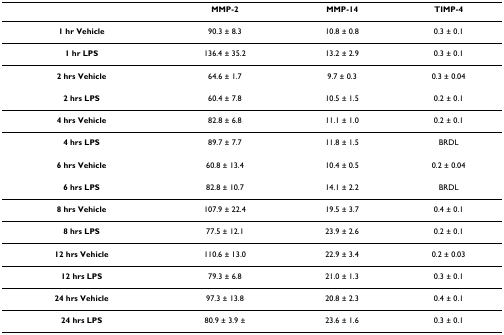
<table><thead><tr><td></td><td><b>MMP-2</b></td><td><b>MMP-14</b></td><td><b>TIMP-4</b></td></tr></thead><tbody><tr><td><b>1 hr Vehicle</b></td><td>90.3 ± 8.3</td><td>10.8 ± 0.8</td><td>0.3 ± 0.1</td></tr><tr><td><b>1 hr LPS</b></td><td>136.4 ± 35.2</td><td>13.2 ± 2.9</td><td>0.3 ± 0.1</td></tr><tr><td><b>2 hrs Vehicle</b></td><td>64.6 ± 1.7</td><td>9.7 ± 0.3</td><td>0.3 ± 0.04</td></tr><tr><td><b>2 hrs LPS</b></td><td>60.4 ± 7.8</td><td>10.5 ± 1.5</td><td>0.2 ± 0.1</td></tr><tr><td><b>4 hrs Vehicle</b></td><td>82.8 ± 6.8</td><td>11.1 ± 1.0</td><td>0.2 ± 0.1</td></tr><tr><td><b>4 hrs LPS</b></td><td>89.7 ± 7.7</td><td>11.8 ± 1.5</td><td>BRDL</td></tr><tr><td><b>6 hrs Vehicle</b></td><td>60.8 ± 13.4</td><td>10.4 ± 0.5</td><td>0.2 ± 0.04</td></tr><tr><td><b>6 hrs LPS</b></td><td>82.8 ± 10.7</td><td>14.1 ± 2.2</td><td>BRDL</td></tr><tr><td><b>8 hrs Vehicle</b></td><td>107.9 ± 22.4</td><td>19.5 ± 3.7</td><td>0.4 ± 0.1</td></tr><tr><td><b>8 hrs LPS</b></td><td>77.5 ± 12.1</td><td>23.9 ± 2.6</td><td>0.2 ± 0.1</td></tr><tr><td><b>12 hrs Vehicle</b></td><td>110.6 ± 13.0</td><td>22.9 ± 3.4</td><td>0.2 ± 0.03</td></tr><tr><td><b>12 hrs LPS</b></td><td>79.3 ± 6.8</td><td>21.0 ± 1.3</td><td>0.3 ± 0.1</td></tr><tr><td><b>24 hrs Vehicle</b></td><td>97.3 ± 13.8</td><td>20.8 ± 2.3</td><td>0.4 ± 0.1</td></tr><tr><td><b>24 hrs LPS</b></td><td>80.9 ± 3.9 ±</td><td>23.6 ± 1.6</td><td>0.3 ± 0.1</td></tr></tbody></table>